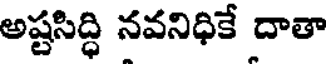
అష్టసిద్ధి నవనిధికే దాతా